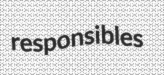
responsibles